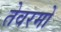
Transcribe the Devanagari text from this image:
तेवरमों